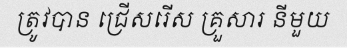
ត្រូវបាន ជ្រើសរើស គ្រួសារ នីមួយ